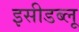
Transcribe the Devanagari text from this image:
इसीडब्लू